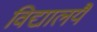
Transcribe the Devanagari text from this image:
विद्यालयैं